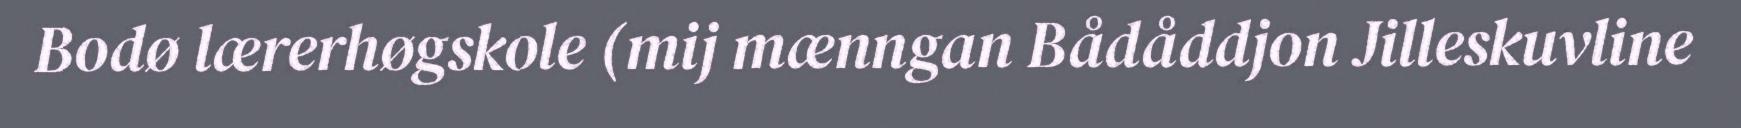
Bodø lærerhøgskole (mij mænngan Bådåddjon Jilleskuvline